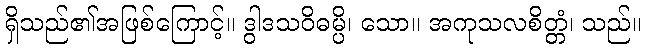
ရှိသည်၏အဖြစ်ကြောင့်။ ဒွါဒသဝိဓမ္ပိ၊ သော။ အကုသလစိတ္တံ၊ သည်။